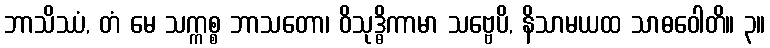
ဘာသိဿံ, တံ မေ သက္ကစ္စ ဘာသတော၊ ဝိသုဒ္ဓိကာမာ သဗ္ဗေပိ, နိသာမယထ သာဓဝေါတိ။ ၃။